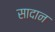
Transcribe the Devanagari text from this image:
सादान